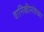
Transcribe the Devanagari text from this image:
वानिकीसेवेच्या